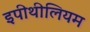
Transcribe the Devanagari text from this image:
इपीथीलियम